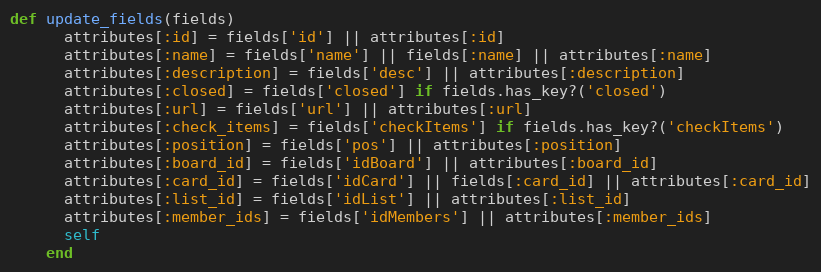
Language: Ruby
def update_fields(fields)
      attributes[:id] = fields['id'] || attributes[:id]
      attributes[:name] = fields['name'] || fields[:name] || attributes[:name]
      attributes[:description] = fields['desc'] || attributes[:description]
      attributes[:closed] = fields['closed'] if fields.has_key?('closed')
      attributes[:url] = fields['url'] || attributes[:url]
      attributes[:check_items] = fields['checkItems'] if fields.has_key?('checkItems')
      attributes[:position] = fields['pos'] || attributes[:position]
      attributes[:board_id] = fields['idBoard'] || attributes[:board_id]
      attributes[:card_id] = fields['idCard'] || fields[:card_id] || attributes[:card_id]
      attributes[:list_id] = fields['idList'] || attributes[:list_id]
      attributes[:member_ids] = fields['idMembers'] || attributes[:member_ids]
      self
    end